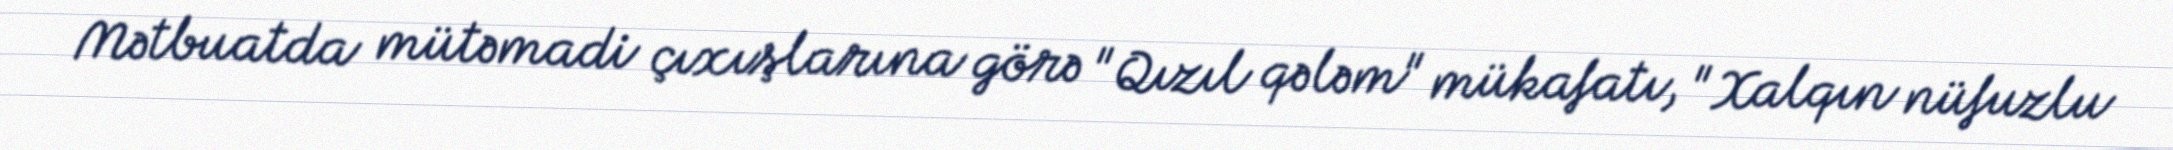
Mətbuatda mütəmadi çıxışlarına görə "Qızıl qələm" mükafatı, "Xalqın nüfuzlu